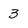
Character: 3